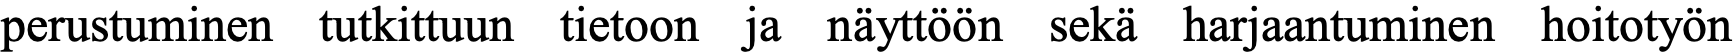
perustuminen tutkittuun tietoon ja näyttöön sekä harjaantuminen hoitotyön